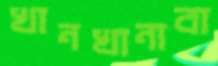
খানখানাবা